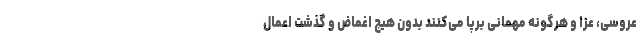
عروسی، عزا و هرگونه مهمانی برپا می‌کنند بدون هیچ اغماض و گذشت اعمال